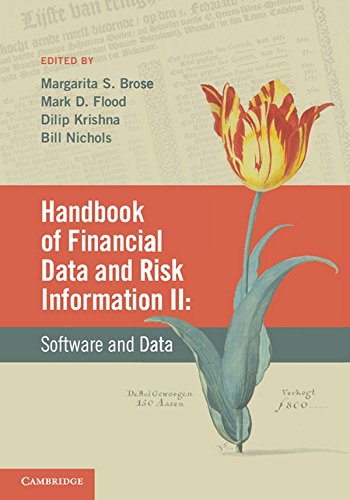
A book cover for Handbook of Financial Data and Risk Information II: Volume 2: Software and Data; Business & Money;